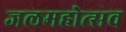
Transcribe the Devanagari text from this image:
जलमहोत्सव